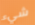
شيء